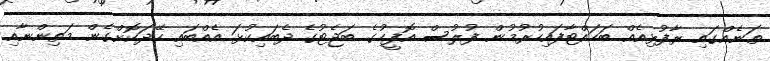
ތަނެއްގައި ރާފުޅިއެއް ބަހައްޓާފައިހުރުމުން ފުލުސް އޮފީހުގެ ބަޖެޓުގެ ދެބައިކުޅަ އެއްބައި ހޭދަކޮށްގެން މަތިންނާއި